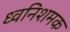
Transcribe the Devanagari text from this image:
ध्वनिशमक